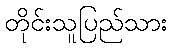
တိုင်းသူပြည်သား